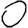
Digit: 0